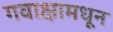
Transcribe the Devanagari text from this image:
गवाक्षामधून